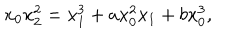
x _ { 0 } x _ { 2 } ^ { 2 } = x _ { 1 } ^ { 3 } + a x _ { 0 } ^ { 2 } x _ { 1 } + b x _ { 0 } ^ { 3 } ,